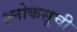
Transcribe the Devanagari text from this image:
श्लोकसूची